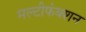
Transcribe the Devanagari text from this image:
मल्टीफंक्शन